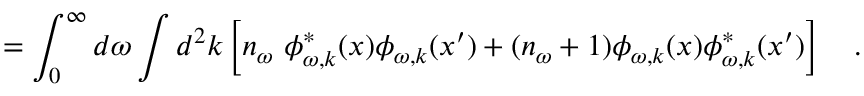
= \int _ { 0 } ^ { \infty } d \omega \int d ^ { 2 } k \left[ n _ { \omega } ~ \phi _ { \omega , k } ^ { * } ( x ) \phi _ { \omega , k } ( x ^ { \prime } ) + ( n _ { \omega } + 1 ) \phi _ { \omega , k } ( x ) \phi _ { \omega , k } ^ { * } ( x ^ { \prime } ) \right] ~ ~ ~ .